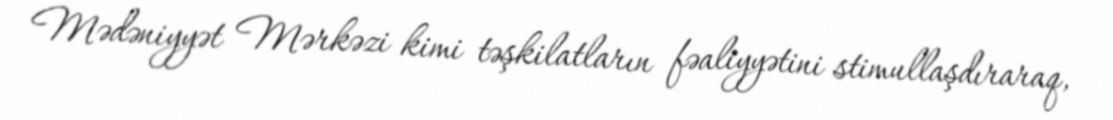
Mədəniyyət Mərkəzi kimi təşkilatların fəaliyyətini stimullaşdıraraq,